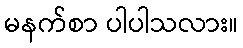
မနက်စာ ပါပါသလား။